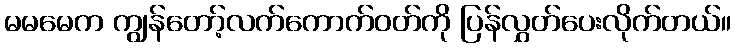
မမမေက ကျွန်တော့်လက်ကောက်ဝတ်ကို ပြန်လွှတ်ပေးလိုက်တယ်။